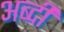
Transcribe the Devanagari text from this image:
अब्दी